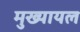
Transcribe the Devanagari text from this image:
मुख्‍यायल